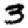
Digit: 3